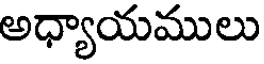
అధ్యాయములు